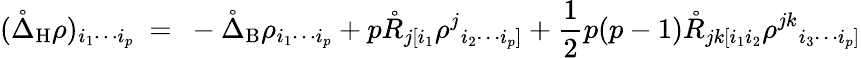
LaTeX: (\mathring{\Delta}_{\mathrm{H}}\rho)_{i_{1}\cdots i_{p}}\ =\ -\mathring{\Delta}_{\mathrm{B}}\rho_{i_{1}\cdots i_{p}}+p\mathring{R}_{j[i_{1}}\rho^{j}{}_{i_{2}\cdots i_{p}]}+\frac 12p(p-1)\mathring{R}_{jk[i_{1}i_{2}}\rho^{jk}{}_{i_{3}\cdots i_{p}]}